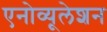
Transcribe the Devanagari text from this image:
एनोव्यूलेशन